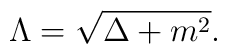
\Lambda = \sqrt{\Delta + m^{2}}.